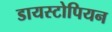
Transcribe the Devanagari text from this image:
डायस्टोपियन